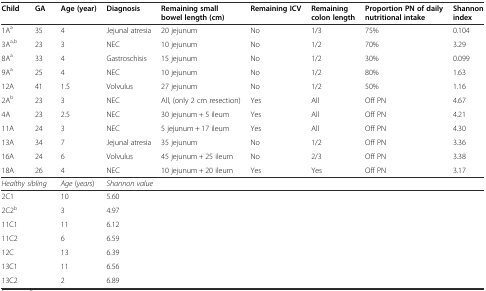
| Child | GA | Age (year) | Diagnosis | Remaining small bowel length (cm) | Remaining ICV | Remaining colon length | Proportion PN of daily nutritional intake | Shannon index |
 | --- | --- | --- | --- | --- | --- | --- | --- | --- |
 | 1Aa | 35 | 4 | Jejunal atresia | 20 jejunum | No | 1/3 | 75% | 0.104 |
 | 3Aa,b | 23 | 3 | NEC | 10 jejunum | No | 1/2 | 70% | 3.29 |
 | 8Aa | 33 | 4 | Gastroschisis | 15 jejunum | No | 1/2 | 30% | 0.099 |
 | 9Aa | 25 | 4 | NEC | 10 jejunum | No | 1/2 | 80% | 1.63 |
 | 12A | 41 | 1.5 | Volvulus | 27 jejunum | No | 1/2 | 50% | 1.16 |
 | 2Ab | 23 | 3 | NEC | All, (only 2 cm resection) | Yes | All | Off PN | 4.67 |
 | 4A | 23 | 2.5 | NEC | 30 jejunum + 5 ileum | Yes | All | Off PN | 4.21 |
 | 11A | 24 | 3 | NEC | 5 jejunum + 17 ileum | Yes | All | Off PN | 4.30 |
 | 13A | 34 | 7 | Jejunal atresia | 35 jejunum | No | 1/2 | Off PN | 3.36 |
 | 16A | 24 | 6 | Volvulus | 45 jejunum + 25 ileum | No | 2/3 | Off PN | 3.38 |
 | 18A | 26 | 4 | NEC | 10 jejunum + 20 ileum | Yes | Yes | Off PN | 3.17 |
 | <COLSPAN=2> Healthy sibling | Age (years) | <COLSPAN=6> Shannon value |
 | <COLSPAN=2> 2C1 | 10 | <COLSPAN=6> 5.60 |
 | <COLSPAN=2> 2C2b | 3 | <COLSPAN=6> 4.97 |
 | <COLSPAN=2> 11C1 | 11 | <COLSPAN=6> 6.12 |
 | <COLSPAN=2> 11C2 | 6 | <COLSPAN=6> 6.59 |
 | <COLSPAN=2> 12C | 13 | <COLSPAN=6> 6.39 |
 | <COLSPAN=2> 13C1 | 11 | <COLSPAN=6> 6.56 |
 | <COLSPAN=2> 13C2 | 2 | <COLSPAN=6> 6.89 |